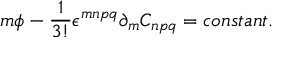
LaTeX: m \phi - \frac { 1 } { 3 ! } \epsilon ^ { m n p q } \partial _ { m } C _ { n p q } = c o n s t a n t .